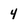
Character: 4